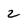
Character: z